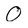
Character: O